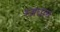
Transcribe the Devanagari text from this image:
रजधाम